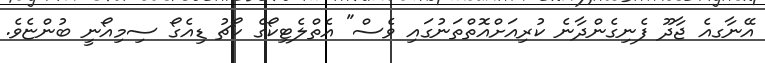
އޭނާގއެ ޖާދޫ ފެނިގެންދާނެ ކުރިއަށްއޮތްތަނުގައި ވެސް" އެތްލެޓިކޯގެ ކޯޗު ޑިއެގޯ ސިމިއޯނީ ބުންޏެވެ.